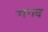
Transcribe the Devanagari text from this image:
गंगद